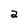
Character: a